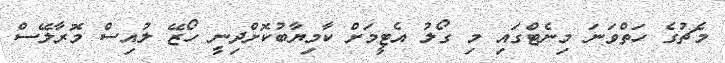
މެޗުގެ ހަތްވަނަ މިނެޓްގައި މި ގޯލު އެޓީމަށް ކާމިޔާބުކޮށްދިނީ ހޯޒޭ ލުއިސް މޮރާލޭސް